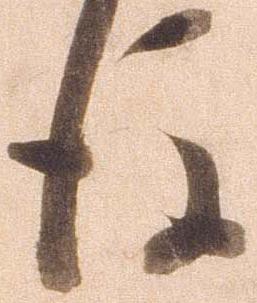
後